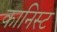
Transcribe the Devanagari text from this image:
कानिस्ट